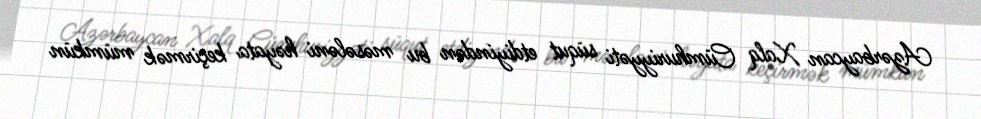
Azərbaycan Xalq Cümhuriyyəti süqut etdiyindən bu məsələni həyata keçirmək mümkün